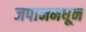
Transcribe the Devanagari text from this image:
जपानमधून